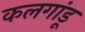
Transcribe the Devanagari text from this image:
कलगांडू